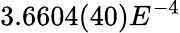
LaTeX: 3.6604(40)E^{-4}